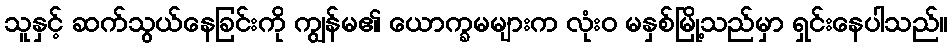
သူနှင့် ဆက်သွယ်နေခြင်းကို ကျွန်မ၏ ယောက္ခမများက လုံးဝ မနှစ်မြို့သည်မှာ ရှင်းနေပါသည်။